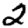
Digit: 2